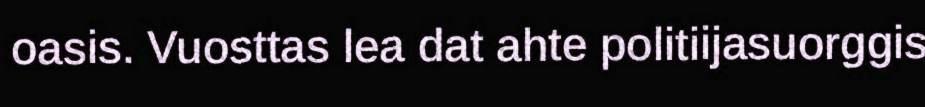
oasis. Vuosttas lea dat ahte politiijasuorggis